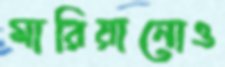
মারিয়ানোও